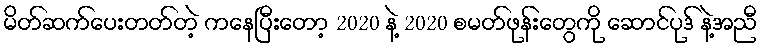
မိတ်ဆက်ပေးတတ်တဲ့ ကနေပြီးတော့ 2020 နဲ့ 2020 စမတ်ဖုန်းတွေကို ဆောင်ပုဒ် နဲ့အညီ